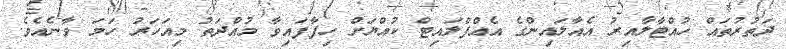
ދަތުރުތައް ހުއްޓާލާއިރު އެއާލައިންގެ އެއްފްލައިޓް ކުއްޔަށް ހިފާފައިވާ މުއްދަތު މިއަހަރު ހަމަ ވާނެއެވެ.